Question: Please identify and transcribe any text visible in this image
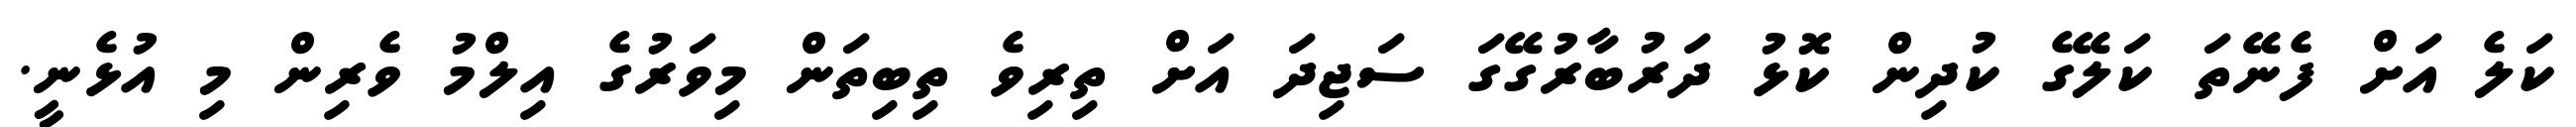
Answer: ކަލެ އަށް ފެނޭތަ ކަލޭގެ ކުދިން ކޮޅު ދަރުބާރުގޭގަ ސަޖިދަ އަށް ތިރިވެ ތިބިތަން މިވަރުގެ އިލްމު ވެރިން މި އުޅެނީ.